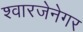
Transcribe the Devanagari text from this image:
श्वारजेनेगर